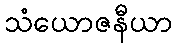
သံယောဇနီယာ